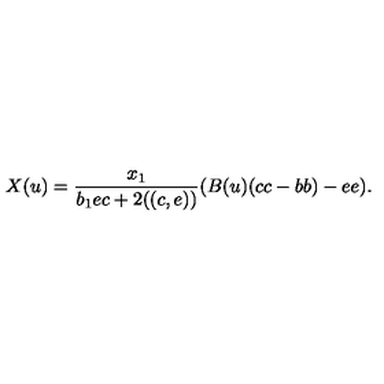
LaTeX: X ( u ) = \frac { x _ { 1 } } { b _ { 1 } e c + 2 ( ( c , e ) ) } ( B ( u ) ( c c - b b ) - e e ) .